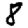
Digit: 8